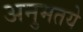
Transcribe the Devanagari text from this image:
अनुमतये